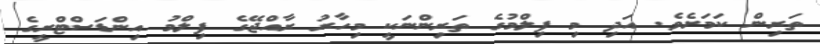
ތަރިން ކަމަށެވެ. އަދި މި ފިލްމުގެ ތަރިންނަކީ މިހާރު ރާއްޖޭގެ ފިލްމު އިންޑަސްޓްރީގެ